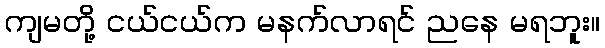
ကျမတို့ ငယ်ငယ်က မနက်လာရင် ညနေ မရဘူး။